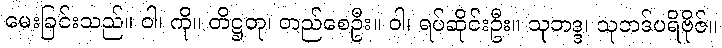
မေးခြင်းသည်။ ဝါ၊ ကို။ တိဋ္ဌတု၊ တည်စေဦး။ ဝါ၊ ရပ်ဆိုင်းဦး။ သုဘဒ္ဒ၊ သုဘဒ်ပရိဗိုဇ်။